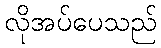
လိုအပ်ပေသည်